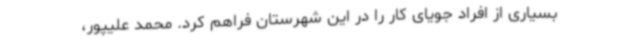
بسیاری از افراد جویای کار را در این شهرستان فراهم کرد. محمد علیپور،